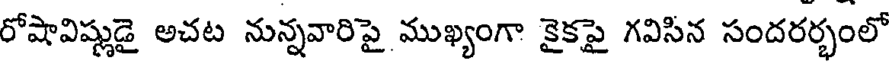
రోషావిష్ణుడై అచట నున్నవారిపై ముఖ్యంగా కైకపై గవిసిన సందరర్భంలో